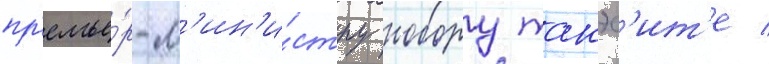
пр'емье́р-м'ин'и́стру нобору такэс'ит'е /